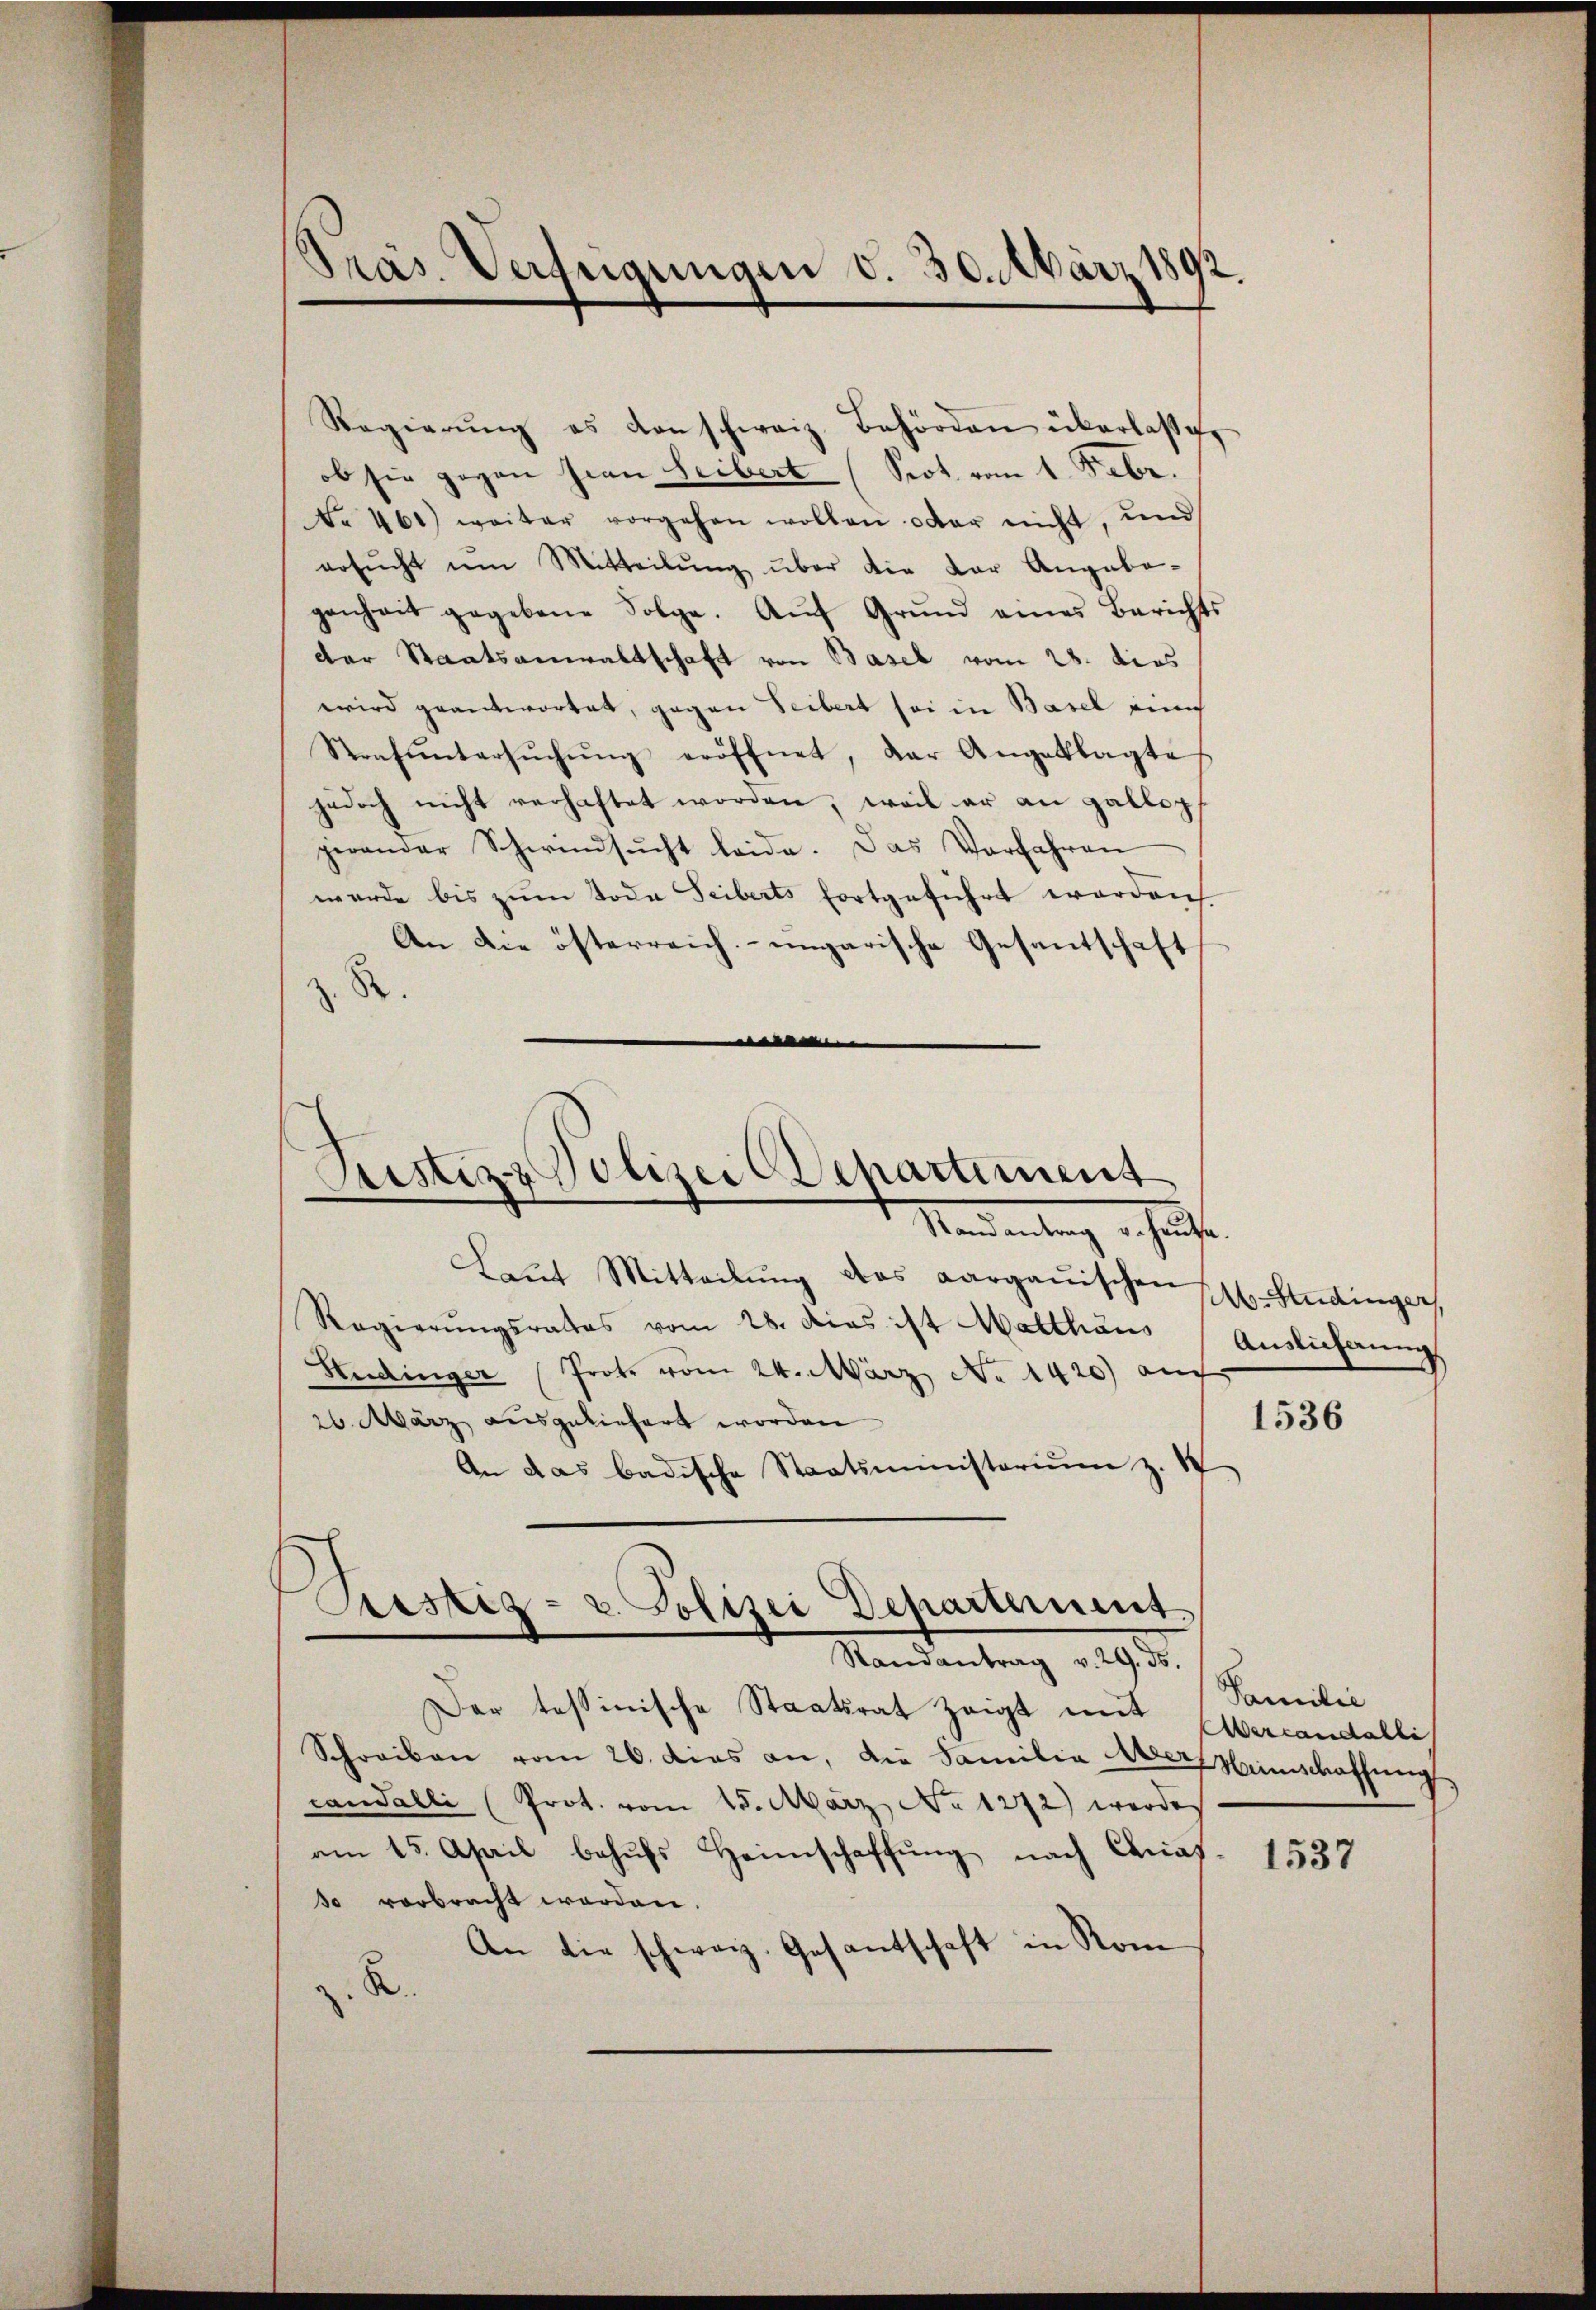
Präs. Verfügungen d. 30. März 1892

Regierŭng es von schweiz. Behörden überlaßen
ob sie gegen hier Leibert (Sot vom 1. Febr.
No 461) weiter vorgehen wollen oder nicht, und
ersŭcht um Mitteilŭng über die dar Angabe-
genheit gegebene Folge. Aŭf Grŭnd eines Berichts
der Staatsanwaltschaft von Basel vom 28. dies
wird geantwortet, gegen Seibert sei in Basel einig
Strafŭntersŭchŭng eröffnet, der Angeklagte
jedoch nicht verhaftet worden, weil er an Gallopf
gerander Schwindsŭcht leide. Das Vorfahren
wurde bis zum Tode Seiberts fortgeführt worden
An die österreich- ungarische Gesantschaft
z. B.
Laŭt Mitteilŭng das Aargauischen
Regierŭngsrates vom 28. dies ist Matthaus
Hudinger (Prote vom 24. März No 1420) auch
26. März ausgeliefert worden.
An das badische Staatsministerium z. 1
Justiz- u. Polizei Departement
Randantrag v. 29. ds.
Der tessinische Staatsrat zeigt mit Wercandalli,
Schreiben vom 26. dies an, die Familia Meer Menschaffŭng
canfalli (Prot. vom 15. März, No 1272) werde
am 15. April behŭfs Heimschaffŭng nach Carias- 1534
so verbracht worden.
An die schweiz. Gesantschaft in Rom
B.

Ristiz & Polizei Departement
Nand entrag erhaft.

Ab-Studinger
Auslicherung

1536

Familie